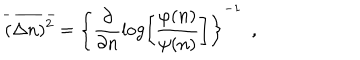
LaTeX: \overline { { { ( \Delta n ) ^ { 2 } } } } = \left\{ \frac { \partial } { \partial n } \log \left[ \frac { \varphi ( n ) } { \psi ( n ) } \right] \right\} ^ { - 1 } \ \ ,